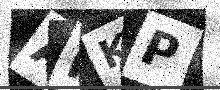
Text: AIKP